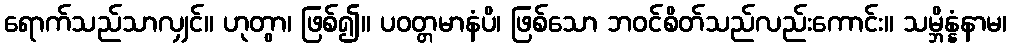
ရောက်သည်သာလျှင်။ ဟုတွာ၊ ဖြစ်၍။ ပဝတ္တမာနံပိ၊ ဖြစ်သော ဘဝင်စိတ်သည်လည်းကောင်း။ သမ္ဘိန္နံနာမ၊